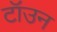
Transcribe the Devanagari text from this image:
टॉउन